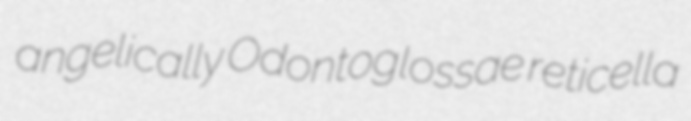
angelically Odontoglossae reticella